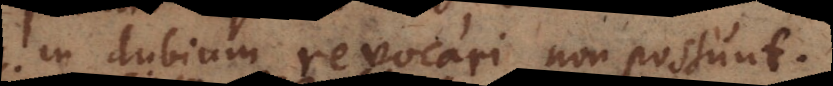
in dubium revocari non possunt.